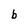
Character: b